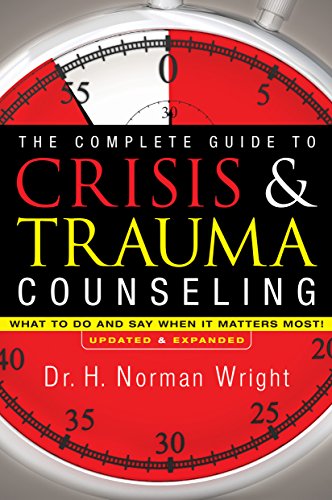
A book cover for The Complete Guide to Crisis & Trauma Counseling: What to Do and Say When It Matters Most!; H. Norman Wright; Christian Books & Bibles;